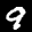
Digit: 9